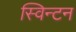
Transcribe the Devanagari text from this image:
स्विन्टन